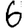
Digit: 6